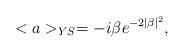
LaTeX: \begin{align*}<a>_{YS}=-i\beta e^{-2\mid\beta\mid^{2}},\end{align*}